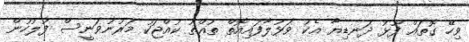
ވިހޭ ގޮތައް ފޫޅު ދަނޑިޔާ އެކު ވަޅުލާފައިއޮތް ތުއްތު ކުއްޖަކު މަރުނުވަނީސް ފުލުހުން